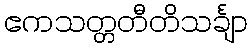
ဧကသတ္တတီတိသင်္ချာ